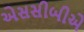
એસસીબીએ